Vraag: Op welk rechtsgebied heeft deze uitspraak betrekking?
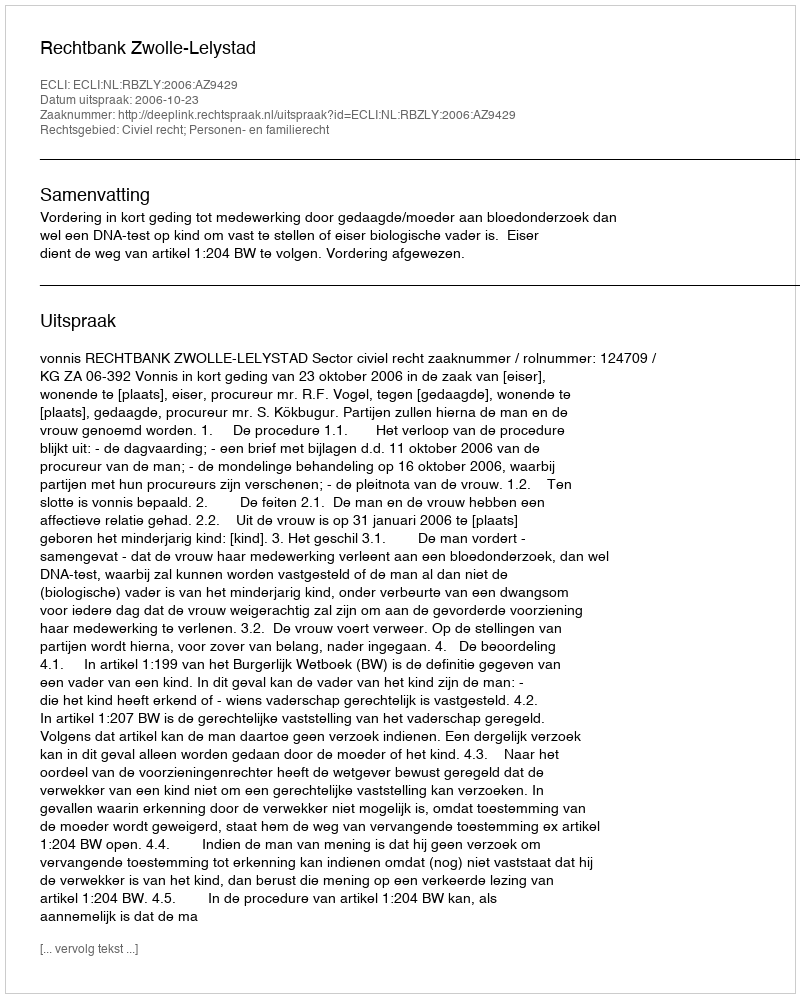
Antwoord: Civiel recht; Personen- en familierecht